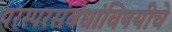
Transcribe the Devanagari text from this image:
परस्परसंबंधांविषयीचे